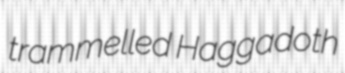
trammelled Haggadoth